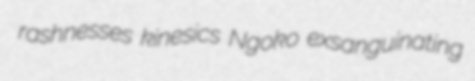
rashnesses kinesics Ngoko exsanguinating